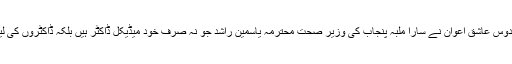
معاون خصوصی برائے اطلاعات فردوس عاشق اعوان نے سارا ملبہ پنجاب کی وزیر صحت محترمہ یاسمین راشد جو نہ صرف خود میڈیکل ڈاکٹر ہیں بلکہ ڈاکٹروں کی لیڈر بھی ہیں پر ڈالنے کی کوشش کی۔